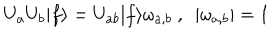
LaTeX: U _ { a } U _ { b } | f \rangle = U _ { a b } | f \rangle \omega _ { a , b } ~ , ~ ~ | \omega _ { a , b } | = 1 ~